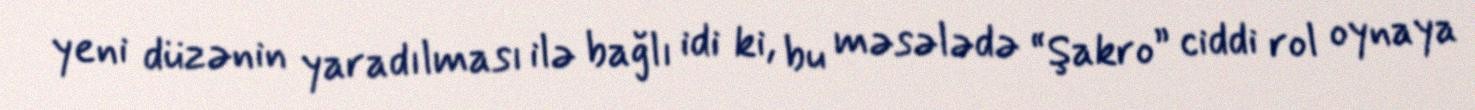
yeni düzənin yaradılması ilə bağlı idi ki, bu məsələdə “Şakro” ciddi rol oynaya